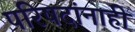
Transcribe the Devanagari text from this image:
परिषदांनाही